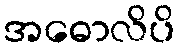
အဓောလိပိ